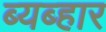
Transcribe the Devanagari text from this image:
ब्यब्हार